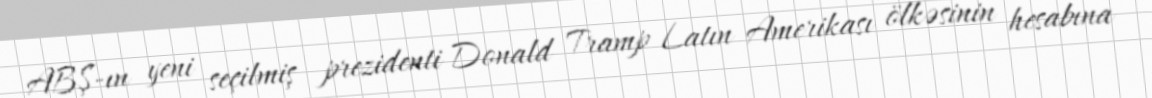
ABŞ-ın yeni seçilmiş prezidenti Donald Tramp Latın Amerikası ölkəsinin hesabına